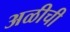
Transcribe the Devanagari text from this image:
अळीची